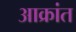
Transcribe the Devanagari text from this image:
अाक्रांत